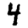
Digit: 4